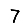
Digit: 7